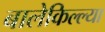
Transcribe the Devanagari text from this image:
बालेकिल्ल्या